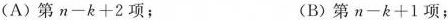
(A)第$$n-k+2$$项； (B)第$$n-k+1$$项；